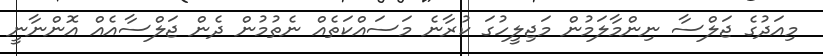
މިއަދުގެ ޖަލްސާ ނިންމާލަމުން މަޖިލީހުގަ ކުރާނެ މަސައްކަތެއް ނެތުމުން ދެން ޖަލްސާއެއް އޮންނާނީ